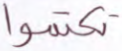
تكتموا